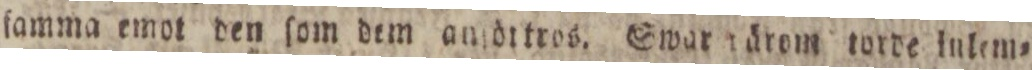
ſamma emot den ſom dem anſöttros. Swarg ärom torde lulem=